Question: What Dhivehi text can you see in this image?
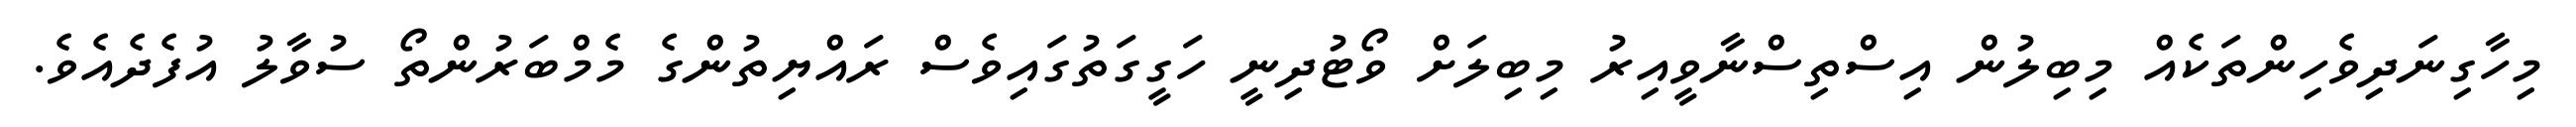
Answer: މިހާގިނަދިވެހިންތަކެއް މިބިލުން އިސްތިސްނާވީއިރު މިބިލަށް ވޯޓުދިނީ ހަގީގަތުގައިވެސް ރައްޔިތުންގެ މެމްބަރުންތޯ ސުވާލު އުފެދެއެވެ.